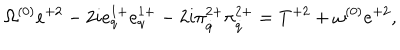
\Omega ^ { ( 0 ) } e ^ { + 2 } - 2 i e _ { q } ^ { 1 + } e _ { q } ^ { 1 + } - 2 i \pi _ { \dot { q } } ^ { 2 + } \pi _ { \dot { q } } ^ { 2 + } = T ^ { + 2 } + \omega ^ { ( 0 ) } e ^ { + 2 } ,